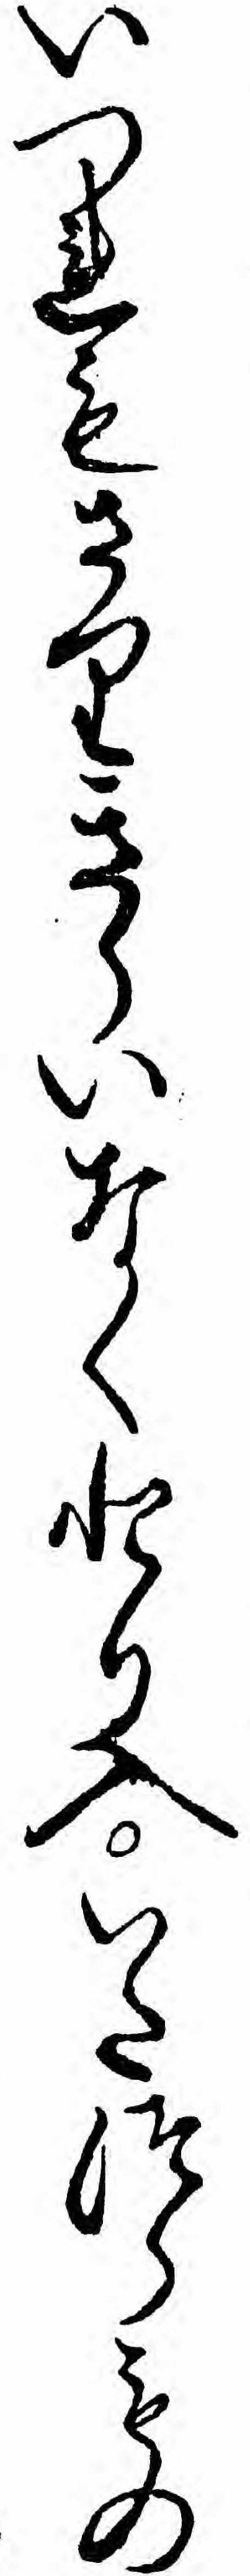
いつれもさりきらいなくとり入いたつらもの